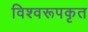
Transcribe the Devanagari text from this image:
विश्वरूपकृत